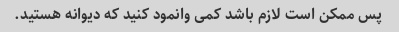
پس ممکن است لازم باشد کمی وانمود کنید که دیوانه هستید.